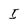
Character: I